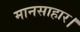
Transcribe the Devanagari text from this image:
मानसाहार।